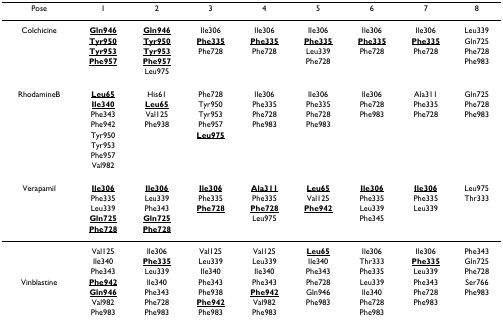
<table><thead><tr><td><b>Pose</b></td><td><b>1</b></td><td><b>2</b></td><td><b>3</b></td><td><b>4</b></td><td><b>5</b></td><td><b>6</b></td><td><b>7</b></td><td><b>8</b></td></tr></thead><tbody><tr><td>Colchicine</td><td><b><underline>Gln946</underline></b></td><td><b><underline>Gln946</underline></b></td><td>Ile306</td><td>Ile306</td><td>Ile306</td><td>Ile306</td><td>Ile306</td><td>Leu339</td></tr><tr><td></td><td><b><underline>Tyr950</underline></b></td><td><b><underline>Tyr950</underline></b></td><td><b><underline>Phe335</underline></b></td><td><b><underline>Phe335</underline></b></td><td><b><underline>Phe335</underline></b></td><td><b><underline>Phe335</underline></b></td><td><b><underline>Phe335</underline></b></td><td>Gln725</td></tr><tr><td></td><td><b><underline>Tyr953</underline></b></td><td><b><underline>Tyr953</underline></b></td><td>Phe728</td><td>Phe728</td><td>Leu339</td><td>Phe728</td><td>Phe728</td><td>Phe728</td></tr><tr><td></td><td><b><underline>Phe957</underline></b></td><td><b><underline>Phe957</underline></b></td><td></td><td></td><td>Phe728</td><td></td><td></td><td>Phe983</td></tr><tr><td></td><td></td><td>Leu975</td><td></td><td></td><td></td><td></td><td></td><td></td></tr><tr><td>RhodamineB</td><td><b><underline>Leu65</underline></b></td><td>His61</td><td>Phe728</td><td>Ile306</td><td>Ile306</td><td>Ile306</td><td>Ala311</td><td>Gln725</td></tr><tr><td></td><td><b><underline>Ile340</underline></b></td><td><b><underline>Leu65</underline></b></td><td>Tyr950</td><td>Phe335</td><td>Phe335</td><td>Phe728</td><td>Phe335</td><td>Phe728</td></tr><tr><td></td><td>Phe343</td><td>Val125</td><td>Tyr953</td><td>Phe728</td><td>Phe728</td><td>Phe983</td><td>Phe728</td><td>Phe983</td></tr><tr><td></td><td>Phe942</td><td>Phe938</td><td>Phe957</td><td>Phe983</td><td>Phe983</td><td></td><td></td><td></td></tr><tr><td></td><td>Tyr950</td><td></td><td><b><underline>Leu975</underline></b></td><td></td><td></td><td></td><td></td><td></td></tr><tr><td></td><td>Tyr953</td><td></td><td></td><td></td><td></td><td></td><td></td><td></td></tr><tr><td></td><td>Phe957</td><td></td><td></td><td></td><td></td><td></td><td></td><td></td></tr><tr><td></td><td>Val982</td><td></td><td></td><td></td><td></td><td></td><td></td><td></td></tr><tr><td>Verapamil</td><td><b><underline>Ile306</underline></b></td><td><b><underline>Ile306</underline></b></td><td><b><underline>Ile306</underline></b></td><td><b><underline>Ala311</underline></b></td><td><b><underline>Leu65</underline></b></td><td><b><underline>Ile306</underline></b></td><td><b><underline>Ile306</underline></b></td><td>Leu975</td></tr><tr><td></td><td>Phe335</td><td>Leu339</td><td>Phe335</td><td>Phe335</td><td>Val125</td><td>Phe335</td><td>Phe335</td><td>Thr333</td></tr><tr><td></td><td>Leu339</td><td>Phe343</td><td><b><underline>Phe728</underline></b></td><td><b><underline>Phe728</underline></b></td><td><b><underline>Phe942</underline></b></td><td>Leu339</td><td>Leu339</td><td></td></tr><tr><td></td><td><b><underline>Gln725</underline></b></td><td><b><underline>Gln725</underline></b></td><td></td><td>Leu975</td><td></td><td>Phe345</td><td></td><td></td></tr><tr><td></td><td><b><underline>Phe728</underline></b></td><td><b><underline>Phe728</underline></b></td><td></td><td></td><td></td><td></td><td></td><td></td></tr><tr><td></td><td>Val125</td><td>Ile306</td><td>Val125</td><td>Val125</td><td><b><underline>Leu65</underline></b></td><td>Ile306</td><td>Ile306</td><td>Phe343</td></tr><tr><td></td><td>Ile340</td><td><b><underline>Phe335</underline></b></td><td>Leu339</td><td>Leu339</td><td>Ile340</td><td>Thr333</td><td><b><underline>Phe335</underline></b></td><td>Gln725</td></tr><tr><td></td><td>Phe343</td><td>Leu339</td><td>Ile340</td><td>Ile340</td><td>Phe343</td><td>Phe335</td><td>Leu339</td><td>Phe728</td></tr><tr><td>Vinblastine</td><td><b><underline>Phe942</underline></b></td><td>Ile340</td><td>Phe343</td><td>Phe343</td><td>Phe728</td><td>Leu339</td><td>Phe343</td><td>Ser766</td></tr><tr><td></td><td><b><underline>Gln946</underline></b></td><td>Phe343</td><td>Phe938</td><td><b><underline>Phe942</underline></b></td><td>Gln946</td><td>Ile340</td><td>Phe728</td><td>Phe983</td></tr><tr><td></td><td>Val982</td><td>Phe728</td><td><b><underline>Phe942</underline></b></td><td>Val982</td><td>Phe983</td><td>Phe728</td><td>Phe983</td><td></td></tr><tr><td></td><td>Phe983</td><td>Phe983</td><td>Phe983</td><td>Phe983</td><td></td><td>Phe983</td><td></td><td></td></tr></tbody></table>